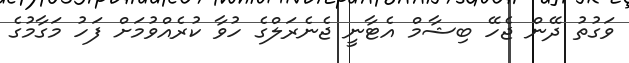
ވަގުތު ދޭން ޖެހޭ ބިޝާމް އެޓާނީ ޖެނެރަލްގެ ހުވާ ކުރެއްވުމަށް ފަހު މަގާމުގެ